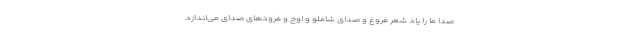
صدا ما را یاد شعر فروغ و صدای شاملو و اوج و فرودهای صدای می‌اندازد